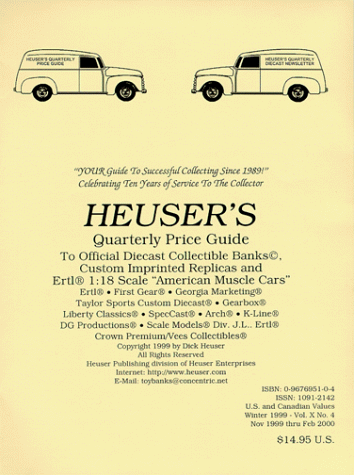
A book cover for Heuser's Quarterly Price Guide to Official Diecast Collectible Banks; Richard L. Heuser; Crafts, Hobbies & Home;